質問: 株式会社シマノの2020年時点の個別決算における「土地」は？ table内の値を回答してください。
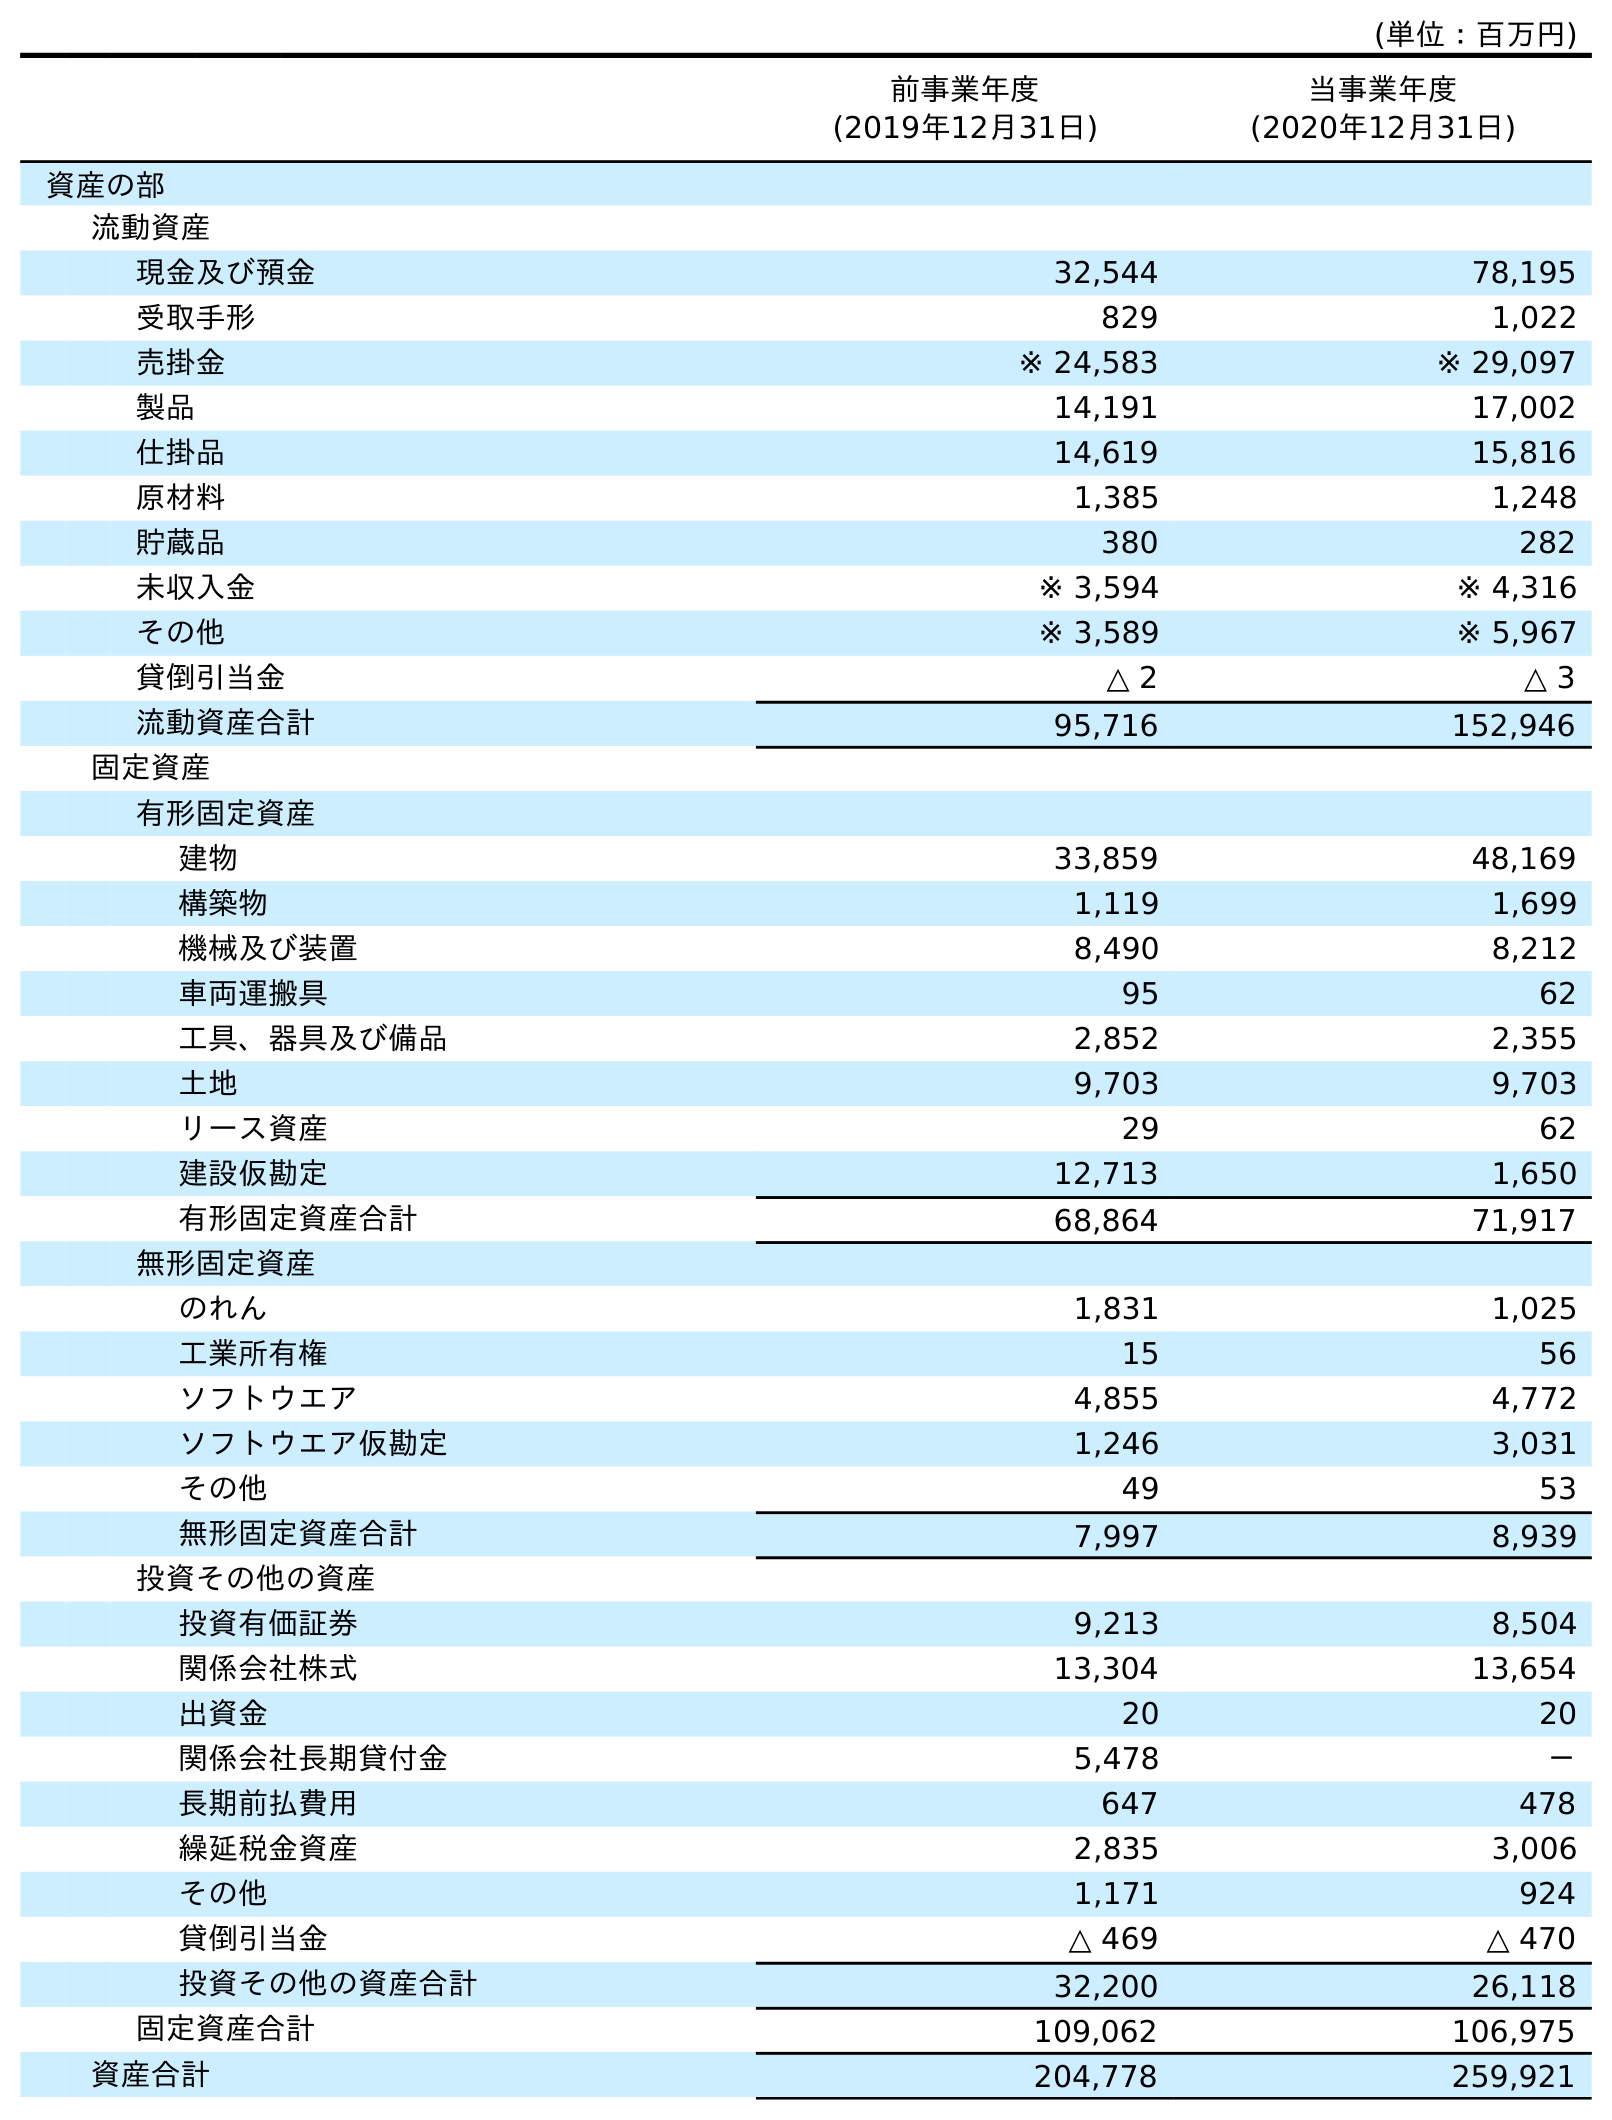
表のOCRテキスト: (単位：百万円) 前事業年度 (2019年12月31日) 当事業年度 (2020年12月31日) 資産の部 流動資産 現金及び預金 32,544 78,195 受取手形 829 1,022 売掛金 ※ 24,583 ※ 29,097 製品 14,191 17,002 仕掛品 14,619 15,816 原材料 1,385 1,248 貯蔵品 380 282 未収入金 ※ 3,594 ※ 4,316 その他 ※ 3,589 ※ 5,967 貸倒引当金 △ 2 △ 3 流動資産合計 95,716 152,946 固定資産 有形固定資産 建物 33,859 48,169 構築物 1,119 1,699 機械及び装置 8,490 8,212 車両運搬具 95 62 工具、器具及び備品 2,852 2,355 土地 9,703 9,703 リース資産 29 62 建設仮勘定 12,713 1,650 有形固定資産合計 68,864 71,917 無形固定資産 のれん 1,831 1,025 工業所有権 15 56 ソフトウエア 4,855 4,772 ソフトウエア仮勘定 1,246 3,031 その他 49 53 無形固定資産合計 7,997 8,939 投資その他の資産 投資有価証券 9,213 8,504 関係会社株式 13,304 13,654 出資金 20 20 関係会社長期貸付金 5,478 － 長期前払費用 647 478 繰延税金資産 2,835 3,006 その他 1,171 924 貸倒引当金 △ 469 △ 470 投資その他の資産合計 32,200 26,118 固定資産合計 109,062 106,975 資産合計 204,778 259,921
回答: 9,703